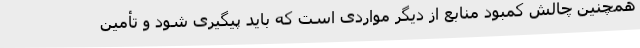
همچنین چالش کمبود منابع از دیگر مواردی است که باید پیگیری شود و تأمین